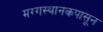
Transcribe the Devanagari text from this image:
मग्गस्थानकपासून